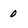
Character: 0